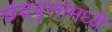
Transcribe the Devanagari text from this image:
छंदवृत्तांमध्ये